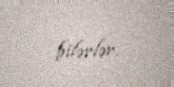
bilərlər.